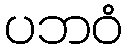
ပဘဝံ